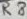
Text: R8